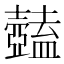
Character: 𥃕